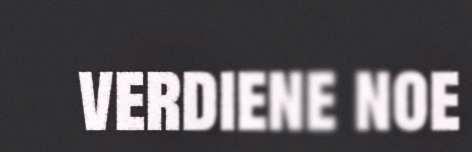
verdiene noe